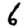
Digit: 6